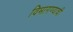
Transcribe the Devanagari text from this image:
विभागण्याची